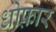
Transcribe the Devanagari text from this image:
धोफ़ार